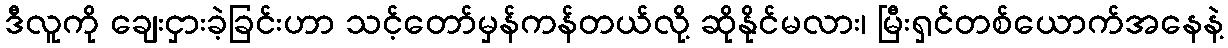
ဒီလူကို ချေးငှားခဲ့ခြင်းဟာ သင့်တော်မှန်ကန်တယ်လို့ ဆိုနိုင်မလား၊ မြီးရှင်တစ်ယောက်အနေနဲ့